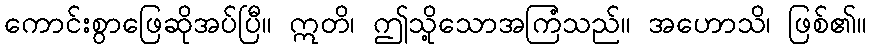
ကောင်းစွာဖြေဆိုအပ်ပြီ။ ဣတိ၊ ဤသို့သောအကြံသည်။ အဟောသိ၊ ဖြစ်၏။